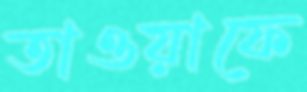
তাওয়াফে